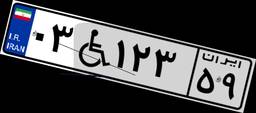
۰۳W۱۲۳۵۹